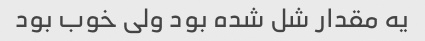
یه مقدار شل شده بود ولی خوب بود